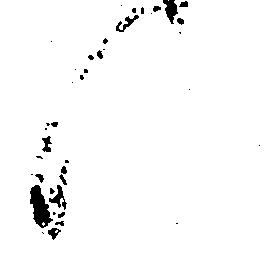
候